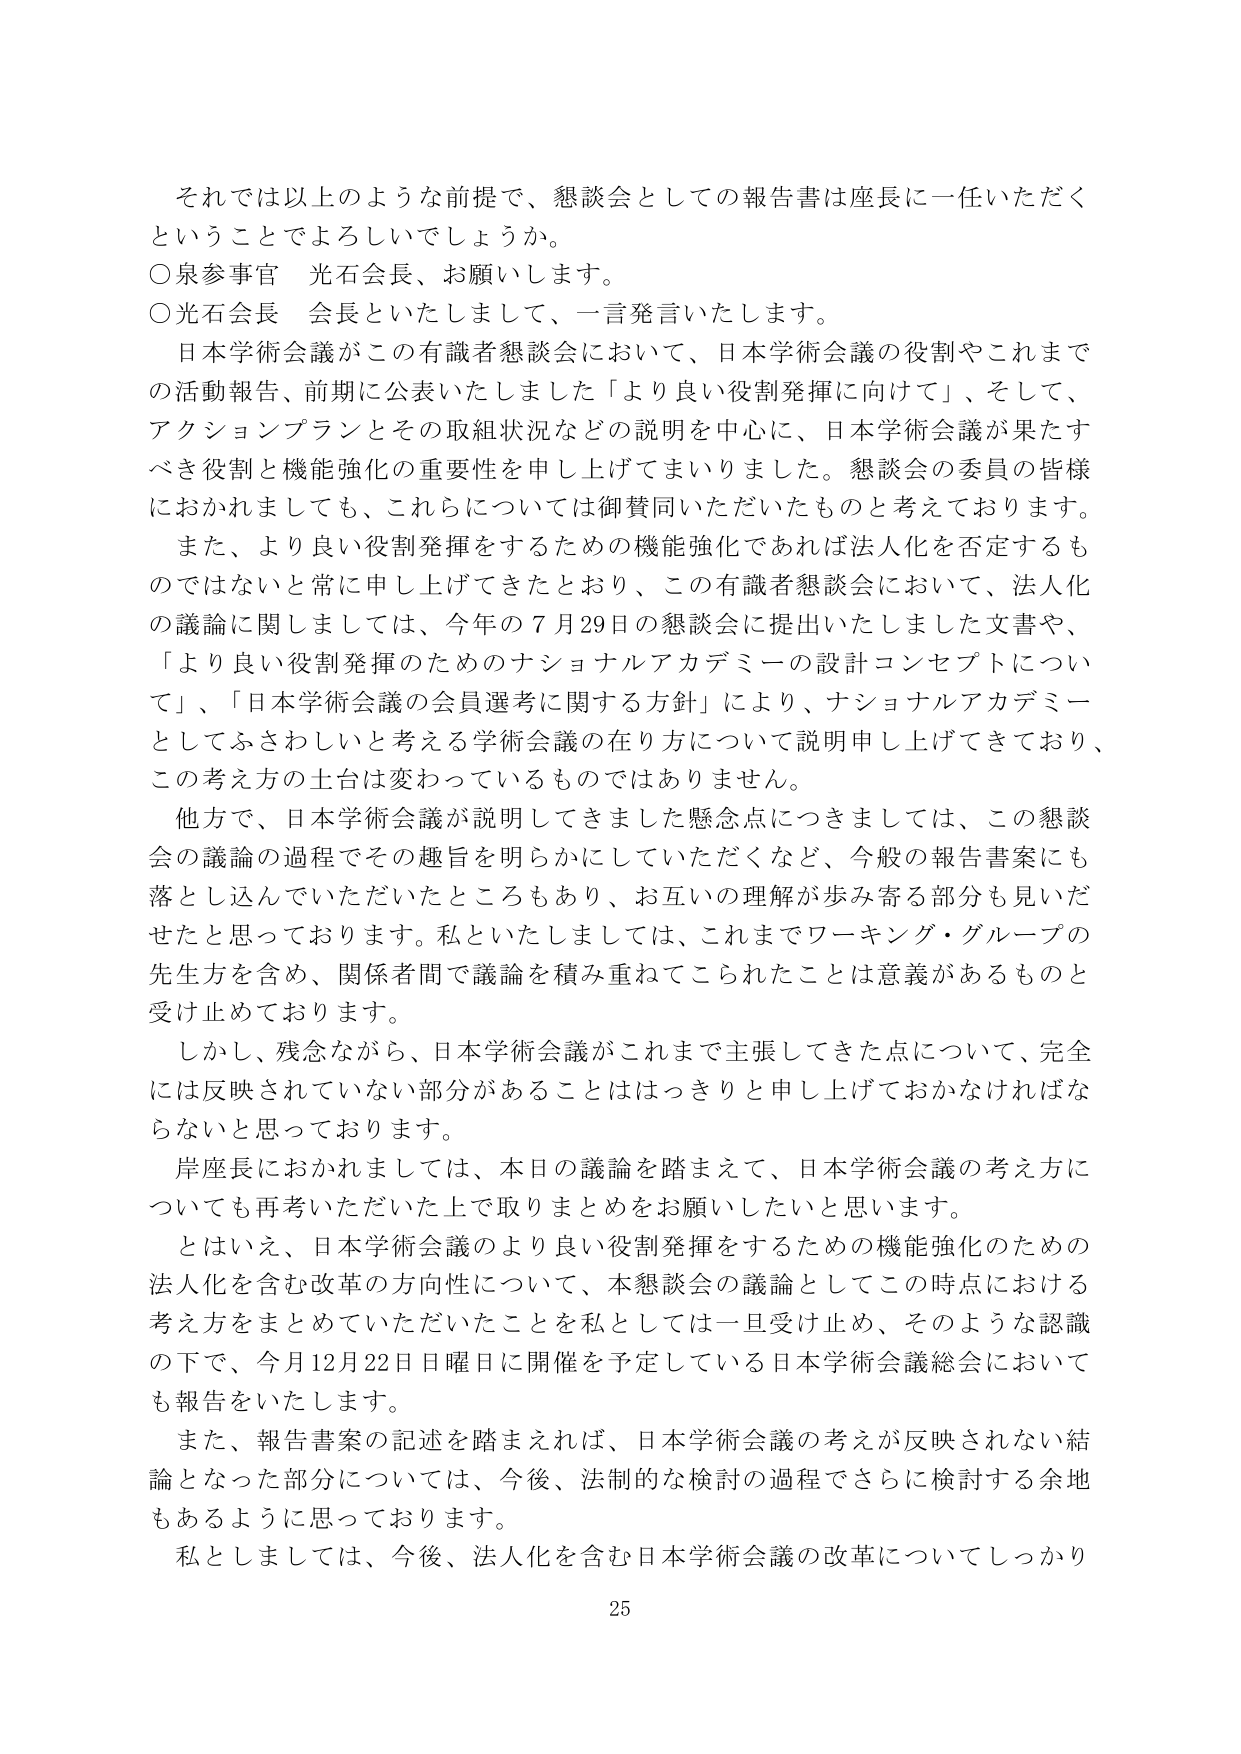
それでは以上のような前提で、懇談会としての報告書は座長に一任いただく
ということでしょうか。
〇泉参事官　光石会長、お願いします。
〇光石会長　会長といたしまして、一言発言いたします。
　日本学術会議がこの有識者懇談会において、日本学術会議の役割やこれまで
の活動報告、前期に公表いたしました「より良い役割発揮に向けて」、そして、
アクションプランとその取組状況などの説明を中心に、日本学術会議が果たす
べき役割と機能強化の重要性を申し上げてまいりました。懇談会の委員の皆様
におかれましても、これらについては御賛同いただいたものと考えております。
　また、より良い役割発揮をするための機能強化であれば法人化を否定するも
のではないと常に申し上げてきましたとおり、この有識者懇談会において、法人化
の議論に関しましては、今年の7月29日の懇談会に提出いたしました文書や、
「より良い役割発揮のためのナショナルアカデミーの設計コンセプトについ
て」、「日本学術会議の会員選考に関する方針」により、ナショナルアカデミー
としてふさわしいと考える学術会議の在り方について説明申し上げてきており、
この考え方の土台は変わっているものではありません。
　他方で、日本学術会議が説明してきました懸念点につきましては、この懇談
会の議論の過程でその趣旨を明らかにしていただくなど、今般の報告書案にも
落とし込んでいただいたところもあり、お互いの理解が歩み寄る部分も見いだ
せたと思っております。私といたしましては、これまでワーキング・グループの
先生方を含め、関係者間で議論を積み重ねてこられたことは意義があるものと
受け止めております。
　しかし、残念ながら、日本学術会議がこれまで主張してきた点について、完全
には反映されていない部分があることははっきりと申し上げておかなければな
らないと思っております。
　岸座長におかれましては、本日の議論を踏まえて、日本学術会議の考え方につ
いても再考いただいた上で取りまとめをお願いしたいと思います。
　とはいえ、日本学術会議のより良い役割発揮をするための機能強化のための
法人化を含む改革の方向性について、本懇談会の議論としてこの時点における
考え方をまとめていただいたことを私としては一旦受け止め、そのような認識
の下で、今月12月22日日曜日に開催を予定している日本学術会議総会において
も報告をいたします。
　また、報告書案の記述を踏まえれば、日本学術会議の考えが反映されない結
論となった部分については、今後、法制的な検討の過程でさらに検討する余地
もあるように思っております。
　私としましては、今後、法人化を含む日本学術会議の改革についてしっかり
25